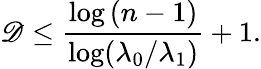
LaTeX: \mathscr{D}\leq{\frac{{\log{(n-1)}}}{{\log(\lambda_{0}/\lambda_{1})}}}+1.